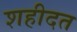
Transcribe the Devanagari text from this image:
शहीदत